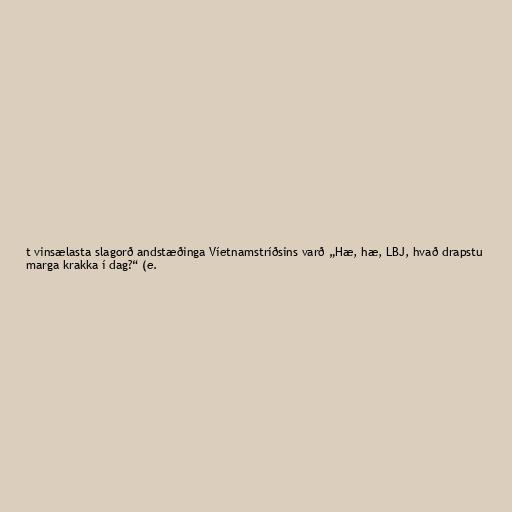
t vinsælasta slagorð andstæðinga Víetnamstríðsins varð „Hæ, hæ, LBJ, hvað drapstu
marga krakka í dag?“ (e.